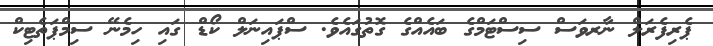
ޕެރިފެރަލް ނާރވަސް ސިސްޓަމްގެ ބައެއްގެ ގޮތުގައެވެ. ސްޕައިނަލް ކޯޑް ގައި ހިމެނޭ ސިމްޕަތެޓިކް